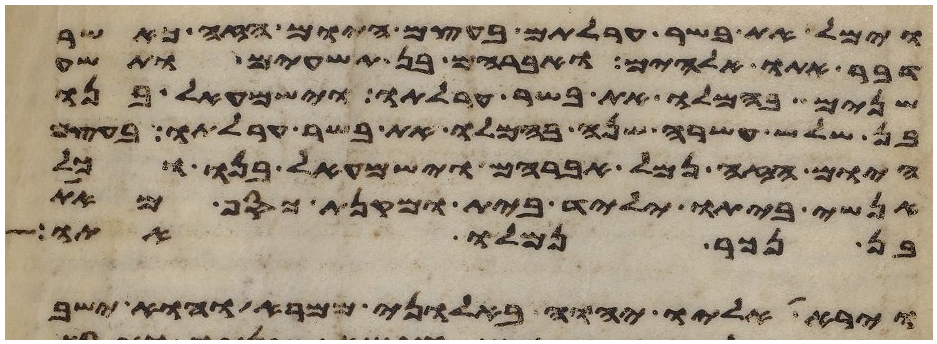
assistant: וימל את בשר ערלתם בעצם היום הזה כאשר
דבר אתו אלהים ואברהם בן תשעים ותשע
שנים בהמלו את בשר ערלתו וישמעאל בנו
בן שלש עשרה שנה בהמלו את בשר ערלתו בעצם
היום הזה נמל אברהם וישמעאל בנו וכל
אנשי ביתו יליד בית ומקנת כסף מאת
בן נכר נמלו אתו
וירא אליו יהוה באלוני ממרא והוא ישב